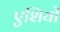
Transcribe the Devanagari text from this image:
एशियों